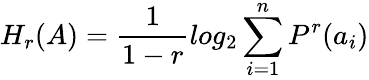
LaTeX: H_{r}(A)={\frac{1}{1-r}}log_{2}\sum_{i=1}^{n}P^{r}(a_{i})